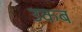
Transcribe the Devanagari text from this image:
उकब